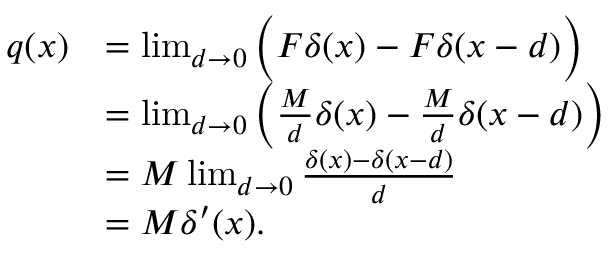
{ \begin{array} { r l } { q ( x ) } & { = \operatorname* { l i m } _ { d \to 0 } { \Big ( } F \delta ( x ) - F \delta ( x - d ) { \Big ) } } \\ & { = \operatorname* { l i m } _ { d \to 0 } \left( { \frac { M } { d } } \delta ( x ) - { \frac { M } { d } } \delta ( x - d ) \right) } \\ & { = M \operatorname* { l i m } _ { d \to 0 } { \frac { \delta ( x ) - \delta ( x - d ) } { d } } } \\ & { = M \delta ^ { \prime } ( x ) . } \end{array} }